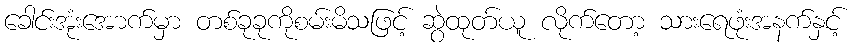
ခေါင်းအုံးအောက်မှာ တစ်ခုခုကိုစမ်းမိသဖြင့် ဆွဲထုတ်ယူ လိုက်တော့ သားရေဖုံးအနက်နှင့်